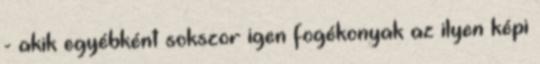
- akik egyébként sokszor igen fogékonyak az ilyen képi